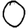
Digit: 0